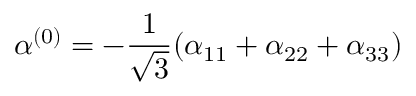
\alpha ^ { ( 0 ) } = - \frac { 1 } { \sqrt { 3 } } ( \alpha _ { 1 1 } + \alpha _ { 2 2 } + \alpha _ { 3 3 } )